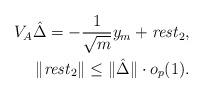
LaTeX: \begin{align*}V_A\hat{\Delta} = -\frac{1}{\sqrt{m}}y_m +\mathit{rest}_2,\\\|\mathit{rest}_2\|\leq\|\hat{\Delta}\|\cdot o_p(1).\end{align*}